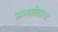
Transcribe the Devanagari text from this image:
सभ्यतेतल्या